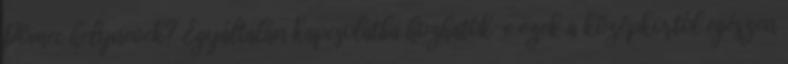
Pömec helynevek? Egyáltalán kapcsolatba hozhatók-e ezek a középkortól egészen